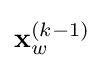
\mathbf {x} _{w}^{(k-1)}